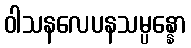
ဝါသနလေပနသမ္ပန္နော